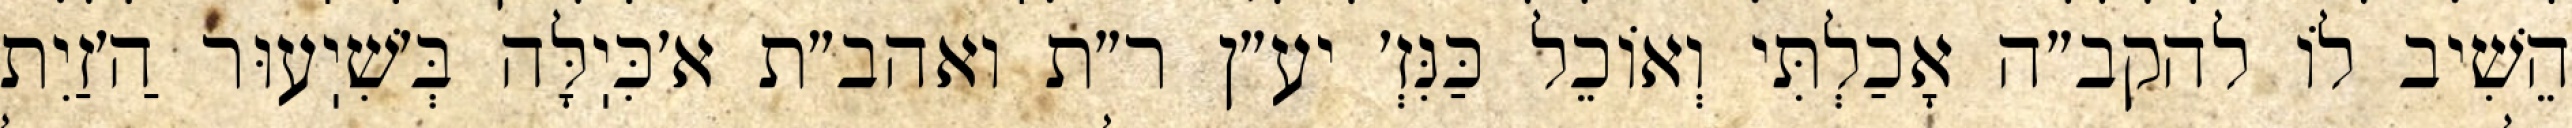
הֵשִׁיב לוֹ להקב״ה אָכַלְתִּי וְאוֹכֵל כַּנִּזְ׳ יע״ן ר״ת ואהב״ת א׳כִּיֽלָּה בְּ׳שִׁיֽעוּר הַ׳זַיִת